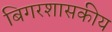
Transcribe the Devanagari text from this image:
बिगरशासकीय